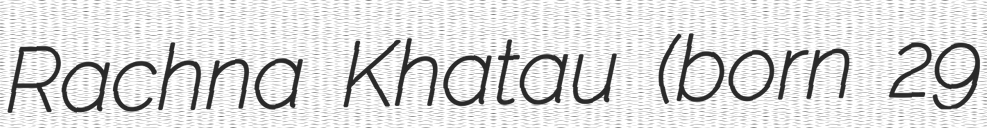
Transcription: Rachna Khatau (born 29